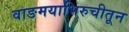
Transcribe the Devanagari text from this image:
वाङमयाभिरुचीतून